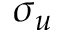
\sigma _ { u }